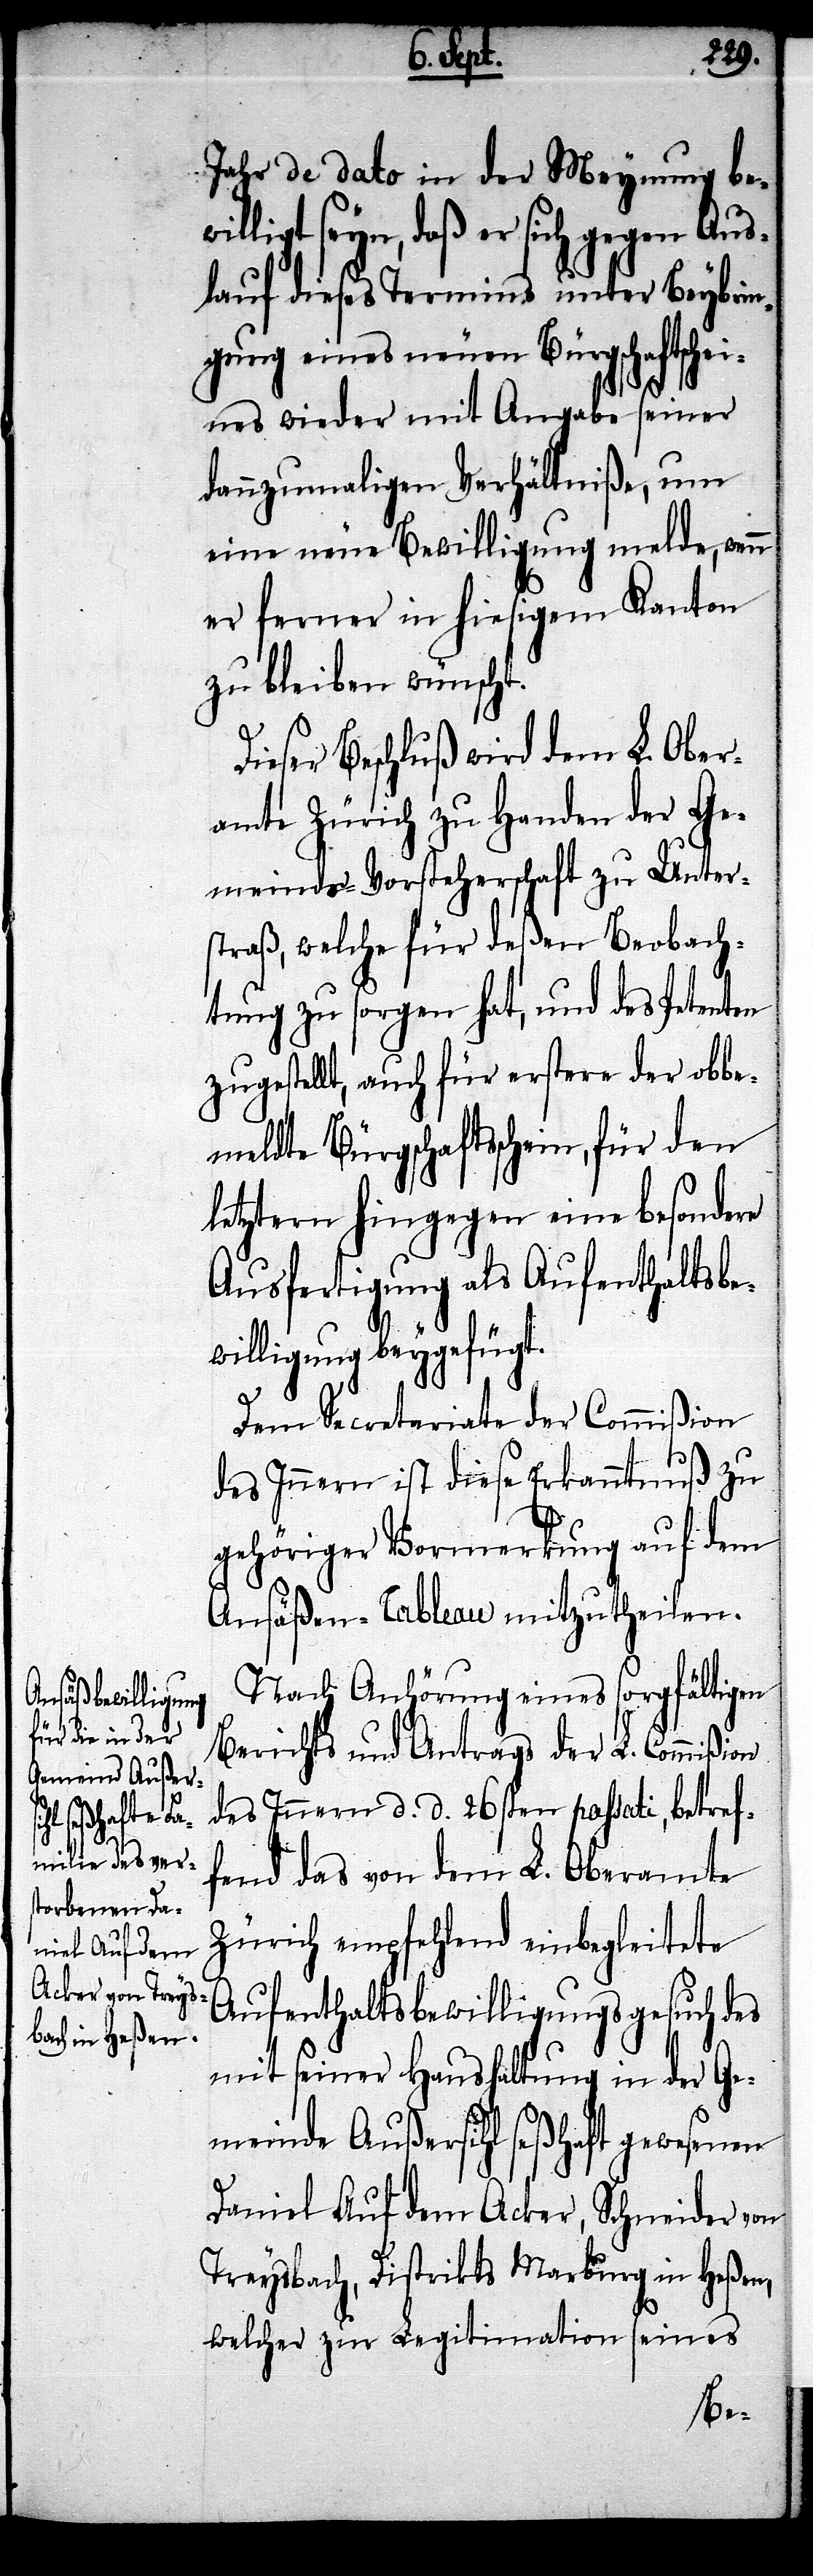
Jahr de dato in der Meynung bewi¬
lligt seyn, daß er sich gegen Aus¬
lauf dieses Termins unter Beybrin¬
gung eines neuen Bürgschaftss¬
cheines wieder mit Angabe seiner
dannzumaligen Verhältniße, um
eine neue Bewilligung melde, wenn
er ferner in hiesigem Kanton
zu bleiben wünscht.
Dieser Beschluß wird dem L. Ober¬
amte Zürich zu Handen der Ge¬
meinds-Vorsteherschaft zu Unter¬
straß, welche für deßen Beobach¬
tung zu sorgen hat, und des Petenten
zugestellt, auch für erstere der obbe¬
meldte Bürgschaftsschein, für den
letztern hingegen eine besondere
Ausfertigung als Aufenthaltsbe¬
willigung beygefügt.
Dem Secretariate der Commißion
des Innern ist diese Erkanntnuß zu
gehöriger Vormerkung auf dem
Ansäßen-Tableau mitzutheilen.
Nach Anhörung eines sorgfältigen
Berichts und Antrags der L. Commißion
des Innern d. d. 26sten passati, betref¬
fend das von dem L. Oberamte
Zürich empfehlend einbegleitete
Aufenthaltsbewilligungsgesuch des
mit seiner Haushaltung in der Ge¬
meinde Außersihl seßhaft gewesenen
Daniel Auf dem Acker, Schneider von
Treysbach, Distrikts Marburg in Heßen,
welcher zur Legitimation seines